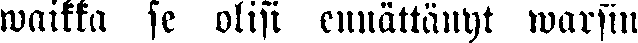
waikka se olisi ennättänyt warsin